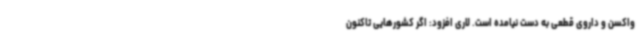
واکسن و داروی قطعی به دست نیامده است. لاری افزود: اگر کشورهایی تاکنون